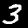
Label: 3